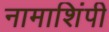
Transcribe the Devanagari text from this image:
नामाशिंपी